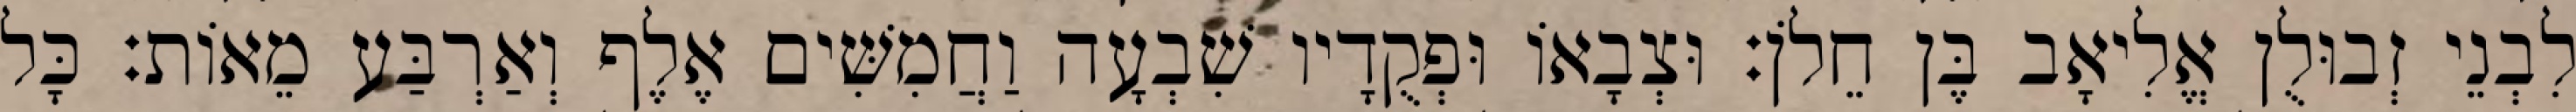
לִבְנֵי זְבוּלֻן אֱלִיאָב בֶּן חֵלֹן׃ וּצְבָאוֹ וּפְקֻדָיו שִׁבְעָה וַחֲמִשִּׁים אֶלֶף וְאַרְבַּע מֵאוֹת׃ כָּל